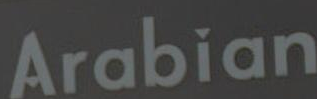
Arabian